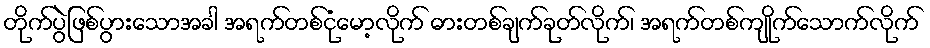
တိုက်ပွဲဖြစ်ပွားသောအခါ အရက်တစ်ငုံမော့လိုက် ဓားတစ်ချက်ခုတ်လိုက်၊ အရက်တစ်ကျိုက်သောက်လိုက်